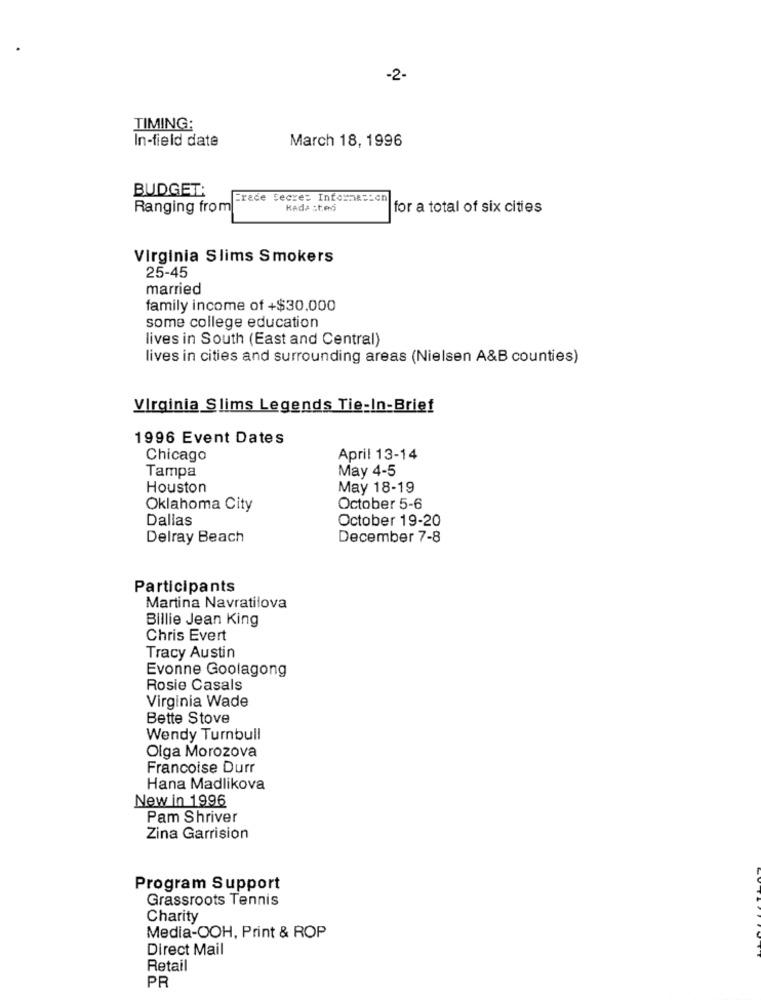
-2-
TIMING;
In-field date
March 18, 1996
BUDGET:
Erade Secre: Information
Ranging from
Kede sted
for a total of six cities
Virginia Slims Smokers
25-45
married
family income of +$30,000
some college education
lives in South (East and Central)
lives in cities and surrounding areas (Nielsen A&B counties)
Virginia Slims Legends Tie-In-Brief
1996 Event Dates
Chicago
April 13-14
Tampa
May 4-5
Houston
May 18-19
Oklahoma City
October 5-6
Dallas
October 19-20
Delray Beach
December 7-8
Participants
Martina Navratilova
Billie Jean King
Chris Evert
Tracy Austin
Evonne Goolagong
Rosie Casals
Virginia Wade
Bette Stove
Wendy Turnbull
Olga Morozova
Francoise Durr
Hana Madlikova
New in 1996
Pam Shriver
Zina Garrision
Program Support
Grassroots Tennis
Charity
Media-OOH, Print & ROP
Direct Mail
Retail
PR